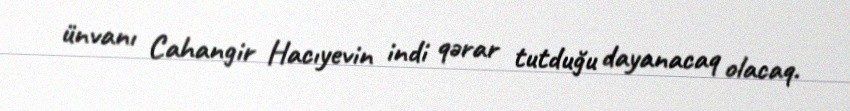
ünvanı Cahangir Hacıyevin indi qərar tutduğu dayanacaq olacaq.